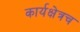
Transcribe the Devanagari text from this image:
कार्यक्षेत्रच